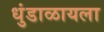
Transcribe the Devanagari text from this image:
धुंडाळायला